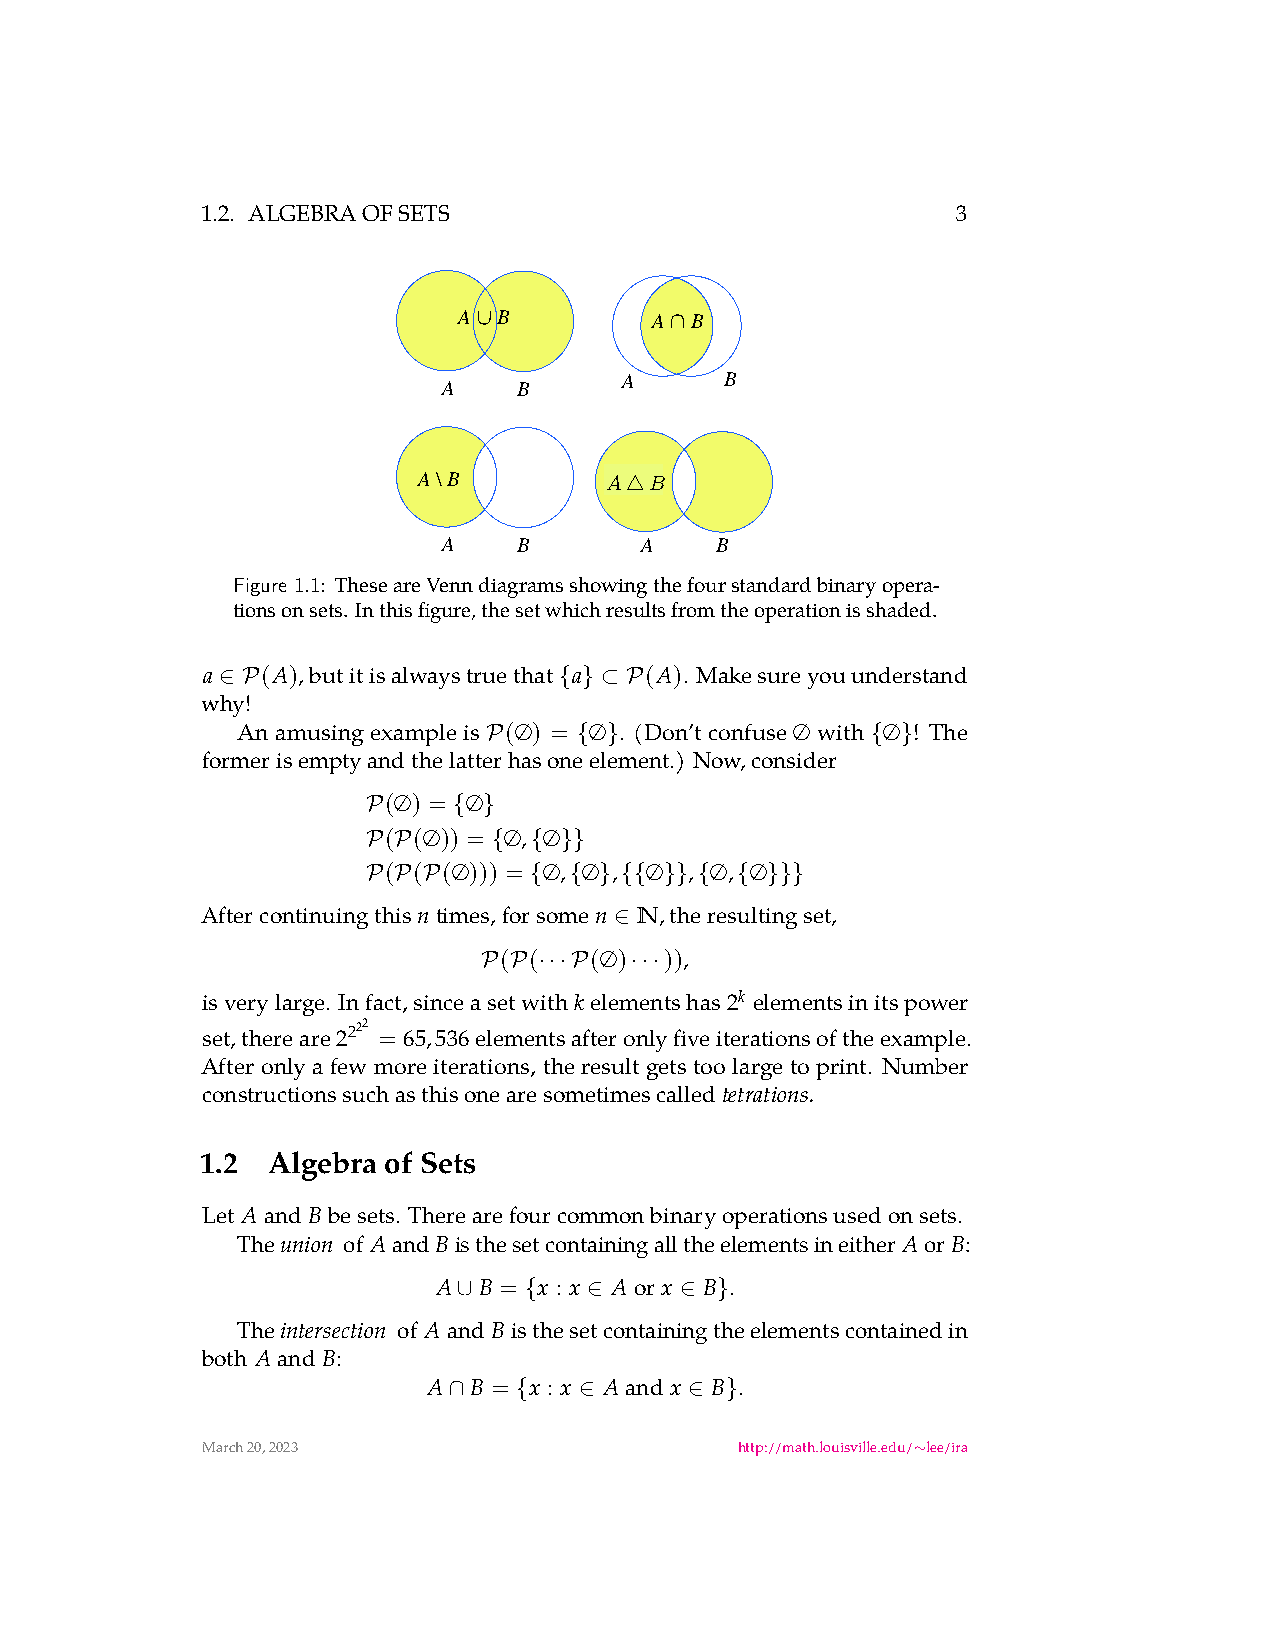
<latexit sha1_base64="TKSpfQrxEwPIX2CS3xif7TNOGMw=">AAAB+nicbVBNS8NAEN3Ur1q/Uj16WayCp5JIQb1VvXisYD+gDWWz3aRLN5uwO1FK7E/x4kERr/4Sb/4bt20O2vpg4PHeDDPz/ERwDY7zbRVWVtfWN4qbpa3tnd09u7zf0nGqKGvSWMSq4xPNBJesCRwE6ySKkcgXrO2PbqZ++4EpzWN5D+OEeREJJQ84JWCkvl2+6vk8BMWJDAVLE3zdtytO1ZkBLxM3JxWUo9G3v3qDmKYRk0AF0brrOgl4GVHAqWCTUi/VLCF0RELWNVSSiGkvm50+wSdGGeAgVqYk4Jn6eyIjkdbjyDedEYGhXvSm4n9eN4Xgwsu4TFJgks4XBanAEONpDnjAFaMgxoYQqri5FdMhUYSCSatkQnAXX14mrbOqW6te3tUq9eM8jiI6REfoFLnoHNXRLWqgJqLoET2jV/RmPVkv1rv1MW8tWPnMAfoD6/MH41eTrw==</latexit>
 1.2. ALGEBRAOFSETS                                3
 A  B         A  B
 A      B
 A    B
 A \ B       A ∆ B
 A  B
 4
 A    B       A    B
 Figure 1.1: TheseareVenndiagramsshowingthefourstandardbinaryopera-
 tionsonsets. Inthisfigure,thesetwhichresultsfromtheoperationisshaded.
 a   (A),butitisalwaystruethat a (A). Makesureyouunderstand
 ∈ P                   { } ⊂ P
 why!
 An amusing example is (∅) = ∅ . (Don’t confuse ∅ with ∅ ! The
 P     { }                 { }
 formerisemptyandthelatterhasoneelement.) Now,consider
 (∅) = ∅
 P     { }
 ( (∅)) = ∅ , ∅
 P P      { { }}
 ( ( (∅))) = ∅ , ∅ , ∅ , ∅ , ∅
 P P P      {  { } {{ }} { { }}}
 Aftercontinuingthisntimes,forsomen N,theresultingset,
 ∈
 ( (   (∅)  )),
 P P ···P  ···
 isverylarge. Infact,sinceasetwithkelementshas 2k elementsinitspower
 set,thereare 2222 = 65,536elementsafteronlyfiveiterationsoftheexample.
 After only a few more iterations, the result gets too large to print. Number
 constructionssuchasthisonearesometimescalled
 tetrations.
 1.2  Algebra of Sets
 Let Aand Bbesets. Therearefourcommonbinaryoperationsusedonsets.
 The
 union
 of AandBisthesetcontainingalltheelementsineither AorB:
 A  B = x : x Aor x B .
 ∪    {   ∈     ∈ }
 The
 intersection
 of Aand Bisthesetcontainingtheelementscontainedin
 both Aand B:
 A  B = x : x Aand x B .
 ∩   {   ∈       ∈ }
 March20,2023                        http://math.louisville.edu/ lee/ira
 ∼